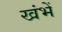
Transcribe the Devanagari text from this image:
खंभें